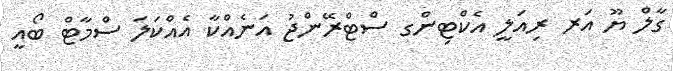
ގާލް ޔޫ އަރ ރިއަލީ އެކްޓިންގ ސްޓްރޭންޖު އަނެއްކާ އެއްކަލަ ސްމާޓް ބޯއީ